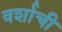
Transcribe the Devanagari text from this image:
वर्शाची